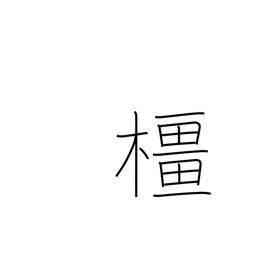
Meaning: oak